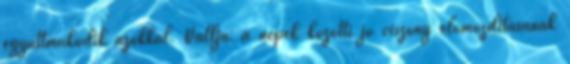
együttműködik azokkal. Vallja: a népek közötti jó viszony előmozdításának